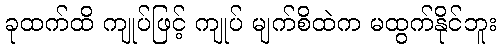
ခုထက်ထိ ကျုပ်ဖြင့် ကျုပ် မျက်စိထဲက မထွက်နိုင်ဘူး